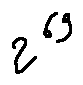
2 ^ { 6 9 }